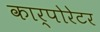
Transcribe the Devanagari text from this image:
कार्पोरेटर